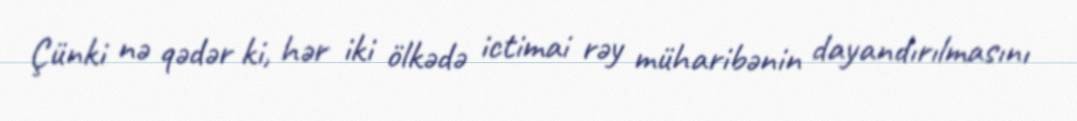
Çünki nə qədər ki, hər iki ölkədə ictimai rəy müharibənin dayandırılmasını